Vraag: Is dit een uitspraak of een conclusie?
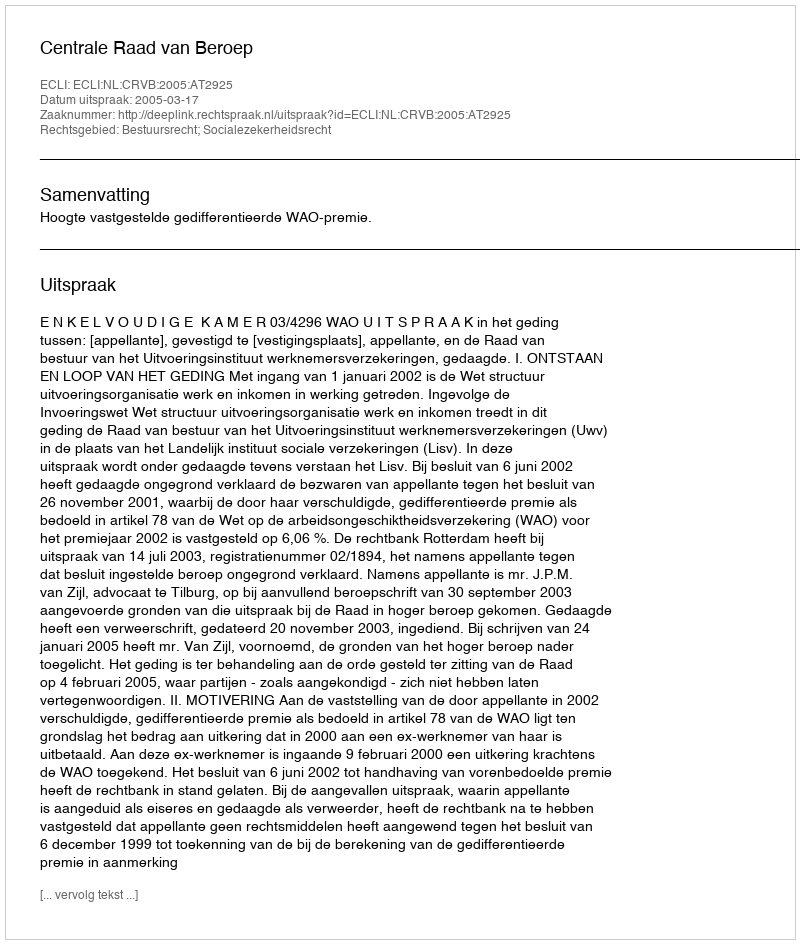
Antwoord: Uitspraak